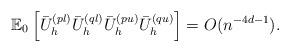
LaTeX: \begin{align*}\mathbb{E}_0\left[ \bar{U}_h^{(pl)}\bar{U}_h^{(ql)}\bar{U}_h^{(pu)}\bar{U}_h^{(qu)} \right]=O(n^{-4d -1}). \end{align*}